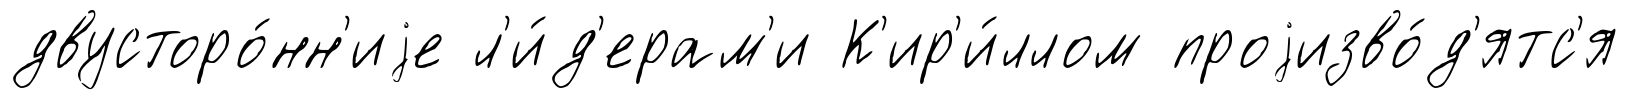
двусторо́нн'иjе л'и́д'ерам'и К'ир'и́ллом проjизво́д'ятс'я